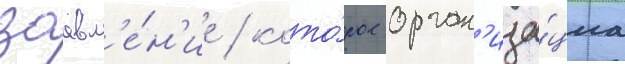
заавл'е́н'ие / кото́рое орган'иза́циа